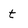
Character: t